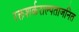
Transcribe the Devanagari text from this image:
रक्तशर्कराल्पताजनित